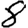
Digit: 8